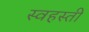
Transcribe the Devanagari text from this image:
स्वहस्ती